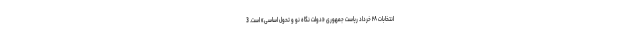
انتخابات ۲۸ خرداد ریاست جمهوری «دولت نگاه نو و تحول اساسی» است. 3